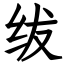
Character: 绂